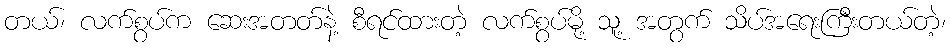
တယ်၊ လက်စွပ်က ဆေးအတတ်နဲ့ စီရင်ထားတဲ့ လက်စွပ်မို့ သူ့ အတွက် သိပ်အရေးကြီးတယ်တဲ့၊